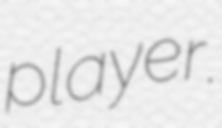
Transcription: player.